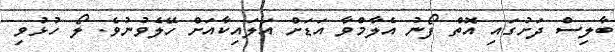
ބާލިސް ދަށުގައި އޮތް ފޯނު އެލާމްވާ އަޑަށް އަލައިކާއަށް ހޭލެވުނުވެ. ލޯ ހުޅުވި